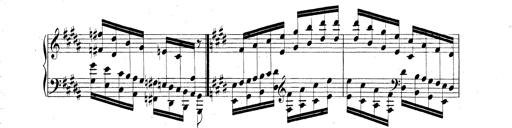
Title: Technische Studien
Composer: Franz Liszt